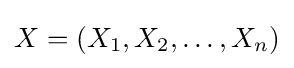
X=(X_{1},X_{2},\dots ,X_{n})